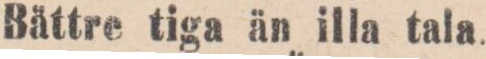
Bättre tiga än illa tala.